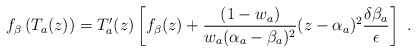
\begin{align*}f_\beta \left( T_a(z)\right) =T'_a(z)\left[ f_\beta (z)+\frac{(1-w_a)}{w_a(\alpha _a-\beta _a)^2}(z-\alpha _a)^2\frac{\delta \beta _a}{\epsilon }\right] \ .\end{align*}